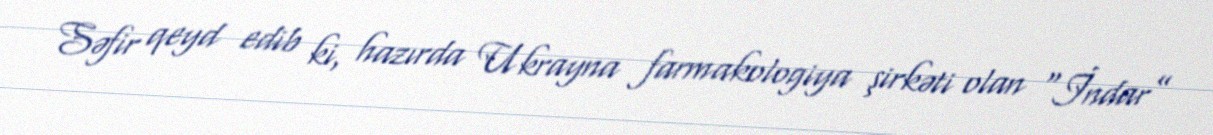
Səfir qeyd edib ki, hazırda Ukrayna farmakologiya şirkəti olan “İndar”